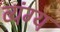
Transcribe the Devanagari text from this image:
व्‍यंग्य